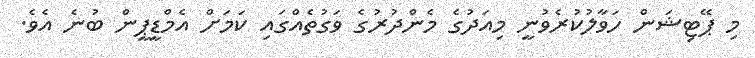
މި ޕޭޓިޝަން ހަވާލުކުރެވުނީ މިއަދުގެ މެންދުރުގެ ވަގުތެއްގައި ކަމަށް އެމްޑީޕީން ބުނެ އެވެ.